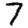
Digit: 7